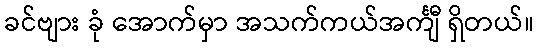
ခင်ဗျား ခုံ အောက်မှာ အသက်ကယ်အင်္ကျီ ရှိတယ်။